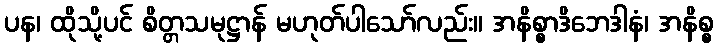
ပန၊ ထိုသို့ပင် စိတ္တသမုဋ္ဌာန် မဟုတ်ပါသော်လည်း။ အနိစ္စာဒိဘေဒါနံ၊ အနိစ္စ